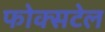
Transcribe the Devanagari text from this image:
फोक्सटेल